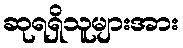
ဆုရရှိသူများအား